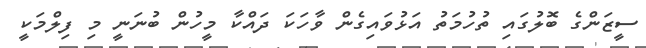
ސީޒަންގެ ބޮލުގައި ތުހުމަތު އަޅުވައިގެން ވާހަކަ ދައްކާ މީހުން ބުނަނީ މި ފިލްމަކީ